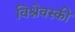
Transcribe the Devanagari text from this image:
विश्नेवस्की